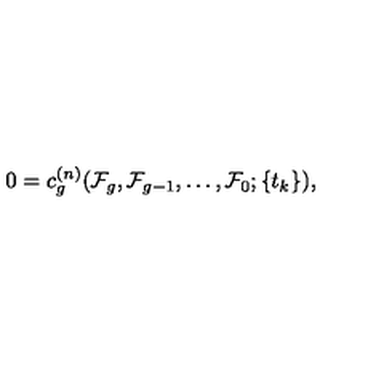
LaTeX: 0 = c _ { g } ^ { ( n ) } ( { \cal F } _ { g } , { \cal F } _ { g - 1 } , \ldots , { \cal F } _ { 0 } ; \{ t _ { k } \} ) ,